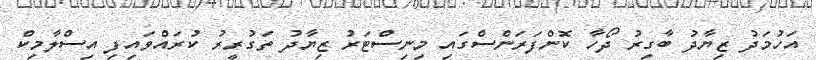
އަހުމަދު ޒިޔާދު ބާގިރު ދޯހާ ކޮންފަރަންސްގައި މިނިސްޓަރު ޒިޔާދު ތަގުރީރު ކުރައްވައިފި އިސްލާމިކް